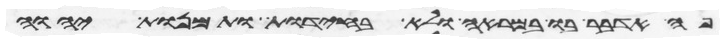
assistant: פה אדבר בו במראה ולא בחידת ותמונת יהוה